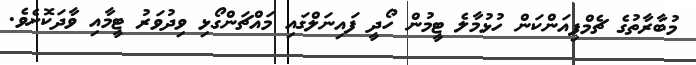
މުބާރާތުގެ ޗެމްޕިއަންކަން ހުޅުމާލެ ޓީމުން ހޯދީ ފައިނަލްގައި މައްޗަންގޯޅި ވިދުވަރު ޓީމާއި ވާދަކޮށެވެ.